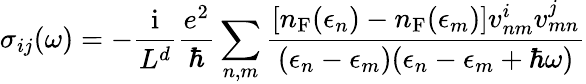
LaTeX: \sigma_{ij}(\omega)=-\frac{\mathrm{i}}{L^{d}}\frac{e^{2}}{\hbar}\sum_{n,m}\frac{[n_{\mathrm{F}}(\epsilon_{n})-n_{\mathrm{F}}(\epsilon_{m})]v_{nm}^{i}v_{mn}^{j}}{(\epsilon_{n}-\epsilon_{m})(\epsilon_{n}-\epsilon_{m}+\hbar\omega)}